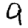
Digit: 9